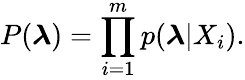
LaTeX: P(\boldsymbol{\lambda})=\prod_{i=1}^{m}p(\boldsymbol{\lambda}|X_{i}).